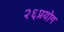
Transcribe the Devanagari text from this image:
२६प्रयोग